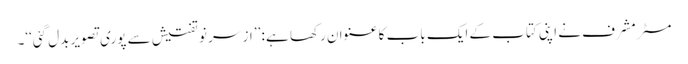
مسٹر مشرف نے اپنی کتاب کے ایک باب کا عنوان رکھا ہے : ’’از سر نو تفتیش سے پوری تصویر بدل گئی‘‘۔